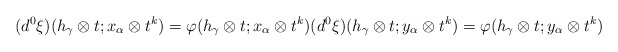
\begin{align*}(d^0 \xi) (h_{\gamma} \otimes t; x_\alpha \otimes t^k)= \varphi(h_{\gamma} \otimes t; x_\alpha \otimes t^k) (d^0 \xi) (h_{\gamma} \otimes t; y_\alpha \otimes t^k)= \varphi(h_{\gamma} \otimes t; y_\alpha \otimes t^k)\end{align*}